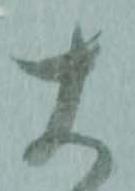
大